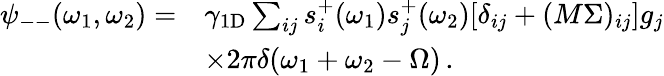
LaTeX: \begin{array}{rl}{\psi_{--}(\omega_{1},\omega_{2})=}&{\gamma_{\mathrm{1D}}\sum_{ij}s_{i}^{+}(\omega_{1})s_{j}^{+}(\omega_{2})[\delta_{ij}+(M\Sigma)_{ij}]g_{j}}\\ &{\times 2\pi\delta(\omega_{1}+\omega_{2}-\Omega)\, .}\end{array}